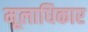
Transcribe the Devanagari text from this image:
मूलाधिकार